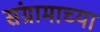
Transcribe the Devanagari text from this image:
संग्रामाच्या